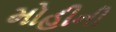
મોહીની